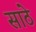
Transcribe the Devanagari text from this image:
साठेे